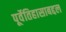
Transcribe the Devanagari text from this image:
पूर्वेतिहासाबद्दल